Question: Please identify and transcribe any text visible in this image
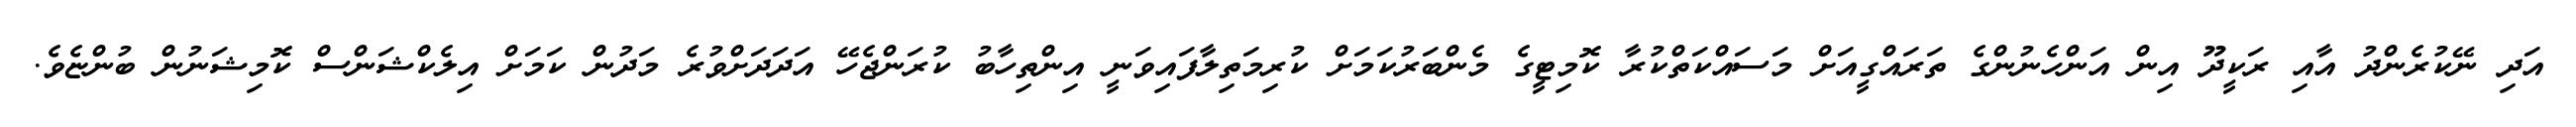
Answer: އަދި ނޭކުރެންދު އާއި ރަކީދޫ އިން އަންހެނުންގެ ތަރައްގީއަށް މަސައްކަތްކުރާ ކޮމިޓީގެ މެންބަރުކަމަށް ކުރިމަތިލާފައިވަނީ އިންތިހާބު ކުރަންޖެހޭ އަދަދަށްވުރެ މަދުން ކަމަށް އިލެކްޝަންސް ކޮމިޝަނުން ބުންޏެވެ.